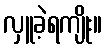
လှူခဲ့ရကျိုး။